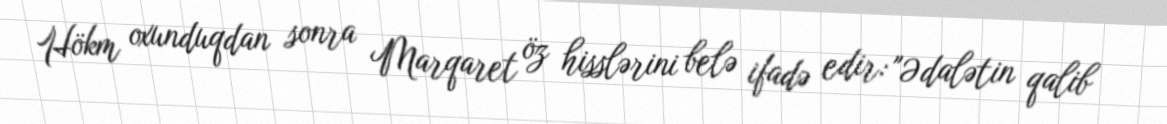
Hökm oxunduqdan sonra Marqaret öz hisslərini belə ifadə edir: "Ədalətin qalib